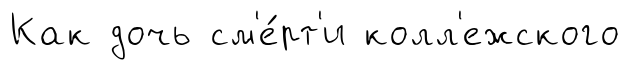
Как дочь см'е́рт'и колл'ежского